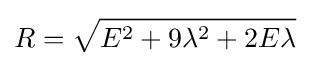
R={\sqrt {E^{2}+9\lambda ^{2}+2E\lambda }}